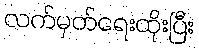
လက်မှတ်ရေးထိုးပြီး